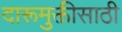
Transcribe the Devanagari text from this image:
दारूमुक्तीसाठी